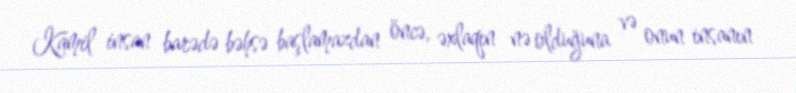
Kamil insan barədə bəhsə başlamazdan öncə, əxlaqın nə olduğuna və onun insanın